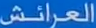
العرائش